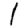
Digit: 1